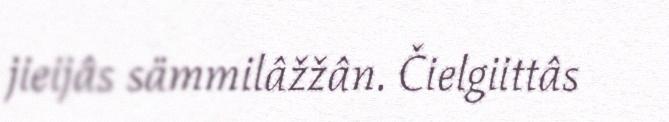
jieijâs sämmilâžžân. Čielgiittâs